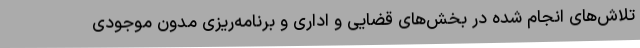
تلاش‌های انجام‌ شده در بخش‌های قضایی و اداری و برنامه‌ریزی مدون موجودی